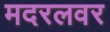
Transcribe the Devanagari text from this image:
मदरलवर